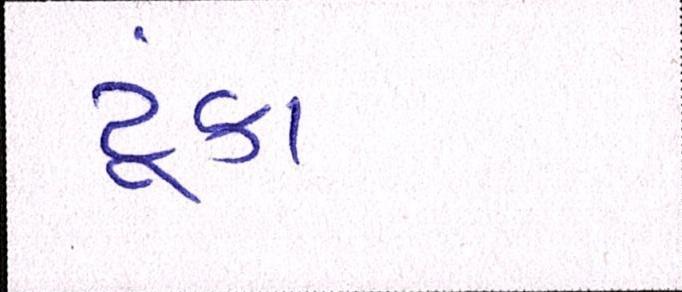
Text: ટૂંકા